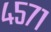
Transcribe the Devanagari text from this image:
४५७१